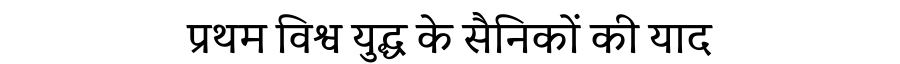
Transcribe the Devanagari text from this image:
प्रथम विश्व युद्ध के सैनिकों की याद